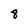
Character: 8